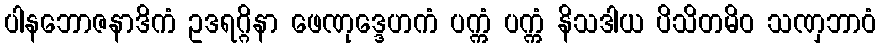
ပါနဘောဇနာဒိကံ ဥဒရဂ္ဂိနာ ဖေဏုဒ္ဒေဟကံ ပက္ကံ ပက္ကံ နိသဒါယ ပိသိတမိဝ သဏှဘာဝံ